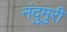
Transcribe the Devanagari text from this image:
नंदुमुरी